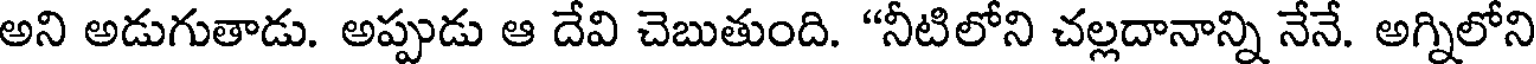
అని అడుగుతాడు. అప్పుడు ఆ దేవి చెబుతుంది. "నీటిలోని చల్లదానాన్ని నేనే. అగ్నిలోని